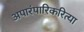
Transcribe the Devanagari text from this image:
अपारंपारिकरित्या